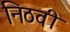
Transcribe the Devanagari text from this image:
निठवी